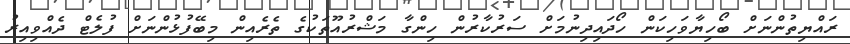
ރައްޔިތުންނަށް ބޯހިޔާވަހިކަން ހޯދައިދިނުމަށް ސަރުކާރުން ހިންގާ މަޝްރުއޫތަކުގެ ތެރެއިން މިބޭފުޅުންނަށް ފުލެޓް ދެއްވިއިރު